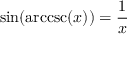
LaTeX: \sin ( \operatorname { a r c c s c } ( x ) ) = { \frac { 1 } { x } }